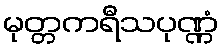
မုတ္တကရီသပုဏ္ဏံ